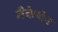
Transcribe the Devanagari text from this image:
मैकेचेन